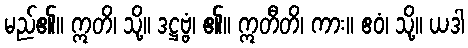
မည်၏။ ဣတိ၊ သို့။ ဒဋ္ဌဗ္ဗံ၊ ၏။ ဣတီတိ၊ ကား။ ဧဝံ၊ သို့။ ယဒါ